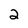
Character: 2